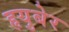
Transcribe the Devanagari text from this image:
हृयुबेर